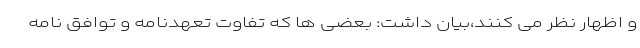
و اظهار نظر می کنند،بیان داشت: بعضی ها که تفاوت تعهدنامه و توافق نامه